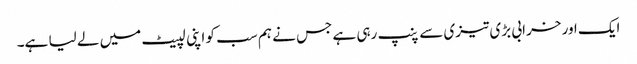
ایک اور خرابی بڑی تیزی سے پنپ رہی ہے جس نے ہم سب کو اپنی لپیٹ میں لے لیا ہے۔